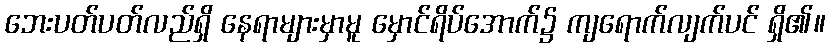
ဘေးပတ်ပတ်လည်ရှိ နေရာများမှာမူ မှောင်ရိပ်အောက်၌ ကျရောက်လျက်ပင် ရှိ၏။